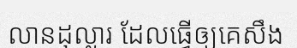
លានដុល្លារ ដែលធ្វើឲ្យគេសឹង